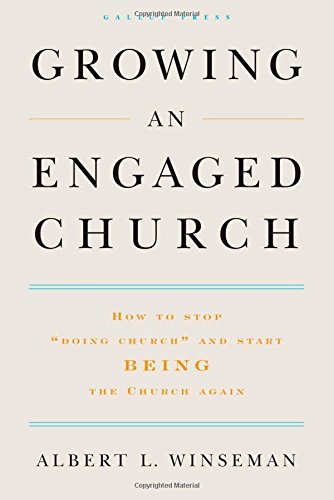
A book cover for Growing an Engaged Church: How to Stop "Doing Church" and Start Being the Church  Again; Albert  L. Winseman D.Min.; Christian Books & Bibles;